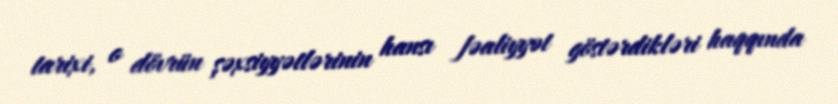
tarixi, o dövrün şəxsiyyətlərinin hansı fəaliyyət göstərdikləri haqqında